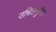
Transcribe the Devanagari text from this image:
उचितानुचित